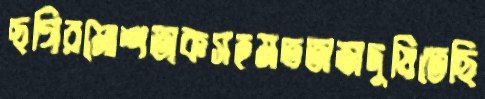
ছগিরমোশতাকসহমততাজদুষিতেছি